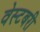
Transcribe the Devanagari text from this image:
वेस्टबरी